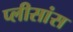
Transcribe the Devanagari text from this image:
प्लीसांस